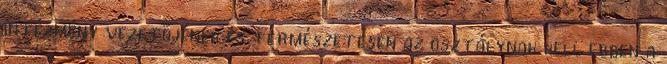
intézmény vezetőjének és természetesen az osztálynak kell ebben a